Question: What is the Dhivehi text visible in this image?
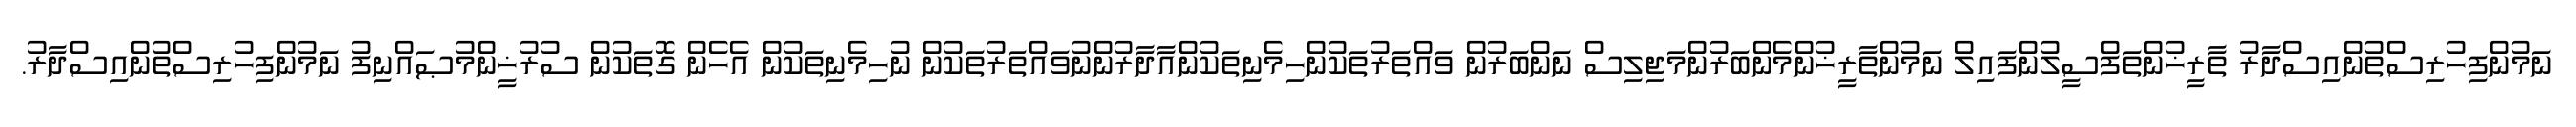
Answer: ނަމުންފިހުރިސްތުންއިސްދާރު ތާރީޚުންތަފްސީލުންފައިލް ނަމުންތާރީޚުންމެންބަރުންމަޖިލިސް ނަންބަރުން ވައްތަރުތަކުންހިމެނިތަކުންއާދާރުންނުވައްތަރުތަކުން ނުހިމެނިތަކުން އެހެން ގޮތަކުން ސުރުޚީންމުޞައްނިފު ނަމުންފިހުރިސްތުންއިސްދާރު.